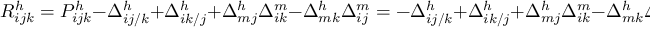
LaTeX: R _ { i j k } ^ { h } = P _ { i j k } ^ { h } - \Delta _ { i j / k } ^ { h } + \Delta _ { i k / j } ^ { h } + \Delta _ { m j } ^ { h } \Delta _ { i k } ^ { m } - \Delta _ { m k } ^ { h } \Delta _ { i j } ^ { m } = - \Delta _ { i j / k } ^ { h } + \Delta _ { i k / j } ^ { h } + \Delta _ { m j } ^ { h } \Delta _ { i k } ^ { m } - \Delta _ { m k } ^ { h } \Delta _ { i j } ^ { m }